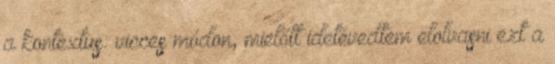
a kontextus: vicces módon, mielőtt idetévedtem elolvasni ezt a